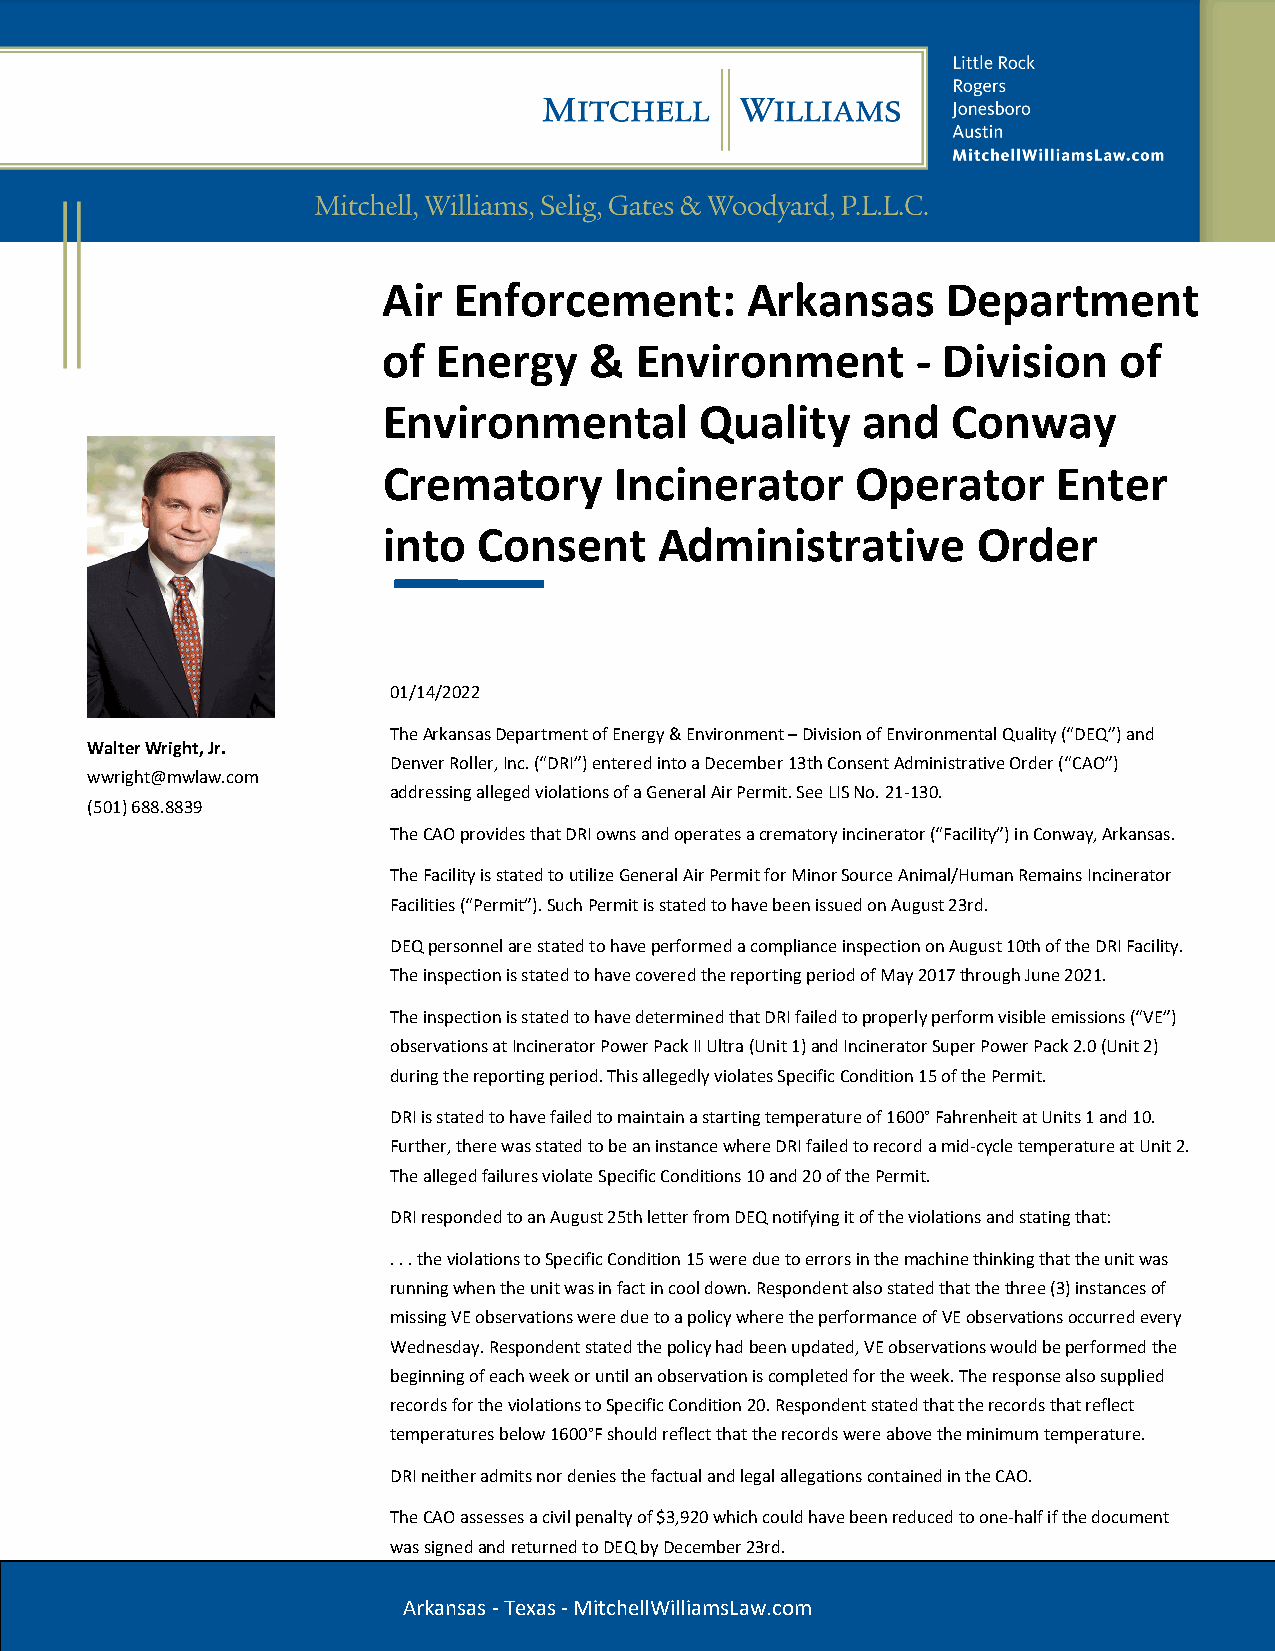
Air  Enforcement:       Arkansas      Department
 of  Energy    &  Environment        - Division   of
 Environmental        Quality    and   Conway
 Crematory       Incinerator     Operator     Enter
 into   Consent     Administrative       Order
 01/14/2022
 The Arkansas Department of Energy & Environment – Division of Environmental Quality (“DEQ”) and
 Walter Wright, Jr.
 Denver Roller, Inc. (“DRI”) entered into a December 13th Consent Administrative Order (“CAO”)
 wwright@mwlaw.com
 addressing alleged violations of a General Air Permit. See LIS No. 21-130.
 (501) 688.8839
 The CAO provides that DRI owns and operates a crematory incinerator (“Facility”) in Conway, Arkansas.
 The Facility is stated to utilize General Air Permit for Minor Source Animal/Human Remains Incinerator
 Facilities (“Permit”). Such Permit is stated to have been issued on August 23rd.
 DEQ personnel are stated to have performed a compliance inspection on August 10th of the DRI Facility.
 The inspection is stated to have covered the reporting period of May 2017 through June 2021.
 The inspection is stated to have determined that DRI failed to properly perform visible emissions (“VE”)
 observations at Incinerator Power Pack II Ultra (Unit 1) and Incinerator Super Power Pack 2.0 (Unit 2)
 during the reporting period. This allegedly violates Specific Condition 15 of the Permit.
 DRI is stated to have failed to maintain a starting temperature of 1600° Fahrenheit at Units 1 and 10.
 Further, there was stated to be an instance where DRI failed to record a mid-cycle temperature at Unit 2.
 The alleged failures violate Specific Conditions 10 and 20 of the Permit.
 DRI responded to an August 25th letter from DEQ notifying it of the violations and stating that:
 . . . the violations to Specific Condition 15 were due to errors in the machine thinking that the unit was
 running when the unit was in fact in cool down. Respondent also stated that the three (3) instances of
 missing VE observations were due to a policy where the performance of VE observations occurred every
 Wednesday. Respondent stated the policy had been updated, VE observations would be performed the
 beginning of each week or until an observation is completed for the week. The response also supplied
 records for the violations to Specific Condition 20. Respondent stated that the records that reflect
 temperatures below 1600°F should reflect that the records were above the minimum temperature.
 DRI neither admits nor denies the factual and legal allegations contained in the CAO.
 The CAO assesses a civil penalty of $3,920 which could have been reduced to one-half if the document
 was signed and returned to DEQ by December 23rd.
 Arkansas - Texas - MitchellWilliamsLaw.com